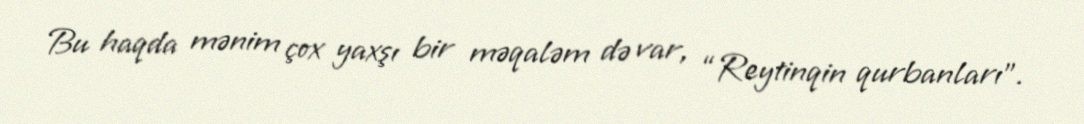
Bu haqda mənim çox yaxşı bir məqaləm də var, “Reytinqin qurbanları”.